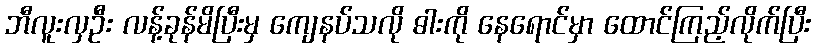
ဘီလူးလှဦး လန့်ခုန်မိပြီးမှ ကျေနပ်သလို ဓါးကို နေရောင်မှာ ထောင်ကြည့်လိုက်ပြီး